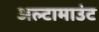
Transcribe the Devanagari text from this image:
अल्टामाउंट